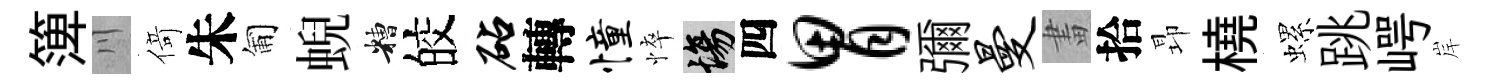
𥱼川𠋣朱匍蜺糟皎砧轉憧悴場四胃彌曼畫拾昻橈螺跳崿岸